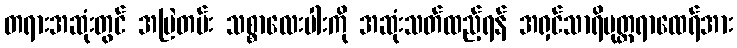
တရားအဆုံးတွင် အမြဲတမ်း သစ္စာလေးပါးကို အဆုံးသတ်ထည့်ရန် အရှင်သာရိပုတ္တရာထေရ်အား